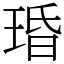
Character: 琘